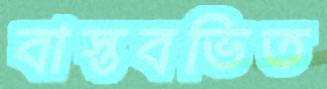
বাস্তবভিত